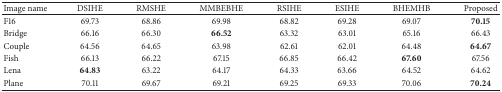
<table><thead><tr><td><b>Image name</b></td><td><b>DSIHE</b></td><td><b>RMSHE</b></td><td><b>MMBEBHE</b></td><td><b>RSIHE</b></td><td><b>ESIHE</b></td><td><b>BHEMHB</b></td><td><b>Proposed</b></td></tr></thead><tbody><tr><td>F16</td><td>69.73</td><td>68.86</td><td>69.98</td><td>68.82</td><td>69.28</td><td>69.07</td><td><b>70.15</b></td></tr><tr><td>Bridge</td><td>66.16</td><td>66.30</td><td><b>66.52</b></td><td>63.32</td><td>63.01</td><td>65.16</td><td>66.43</td></tr><tr><td>Couple</td><td>64.56</td><td>64.65</td><td>63.98</td><td>62.61</td><td>62.01</td><td>64.48</td><td><b>64.67</b></td></tr><tr><td>Fish</td><td>66.13</td><td>66.22</td><td>67.15</td><td>66.85</td><td>66.42</td><td><b>67.60</b></td><td>67.56</td></tr><tr><td>Lena</td><td><b>64.83</b></td><td>63.22</td><td>64.17</td><td>64.33</td><td>63.66</td><td>64.52</td><td>64.62</td></tr><tr><td>Plane</td><td>70.11</td><td>69.67</td><td>69.21</td><td>69.25</td><td>69.33</td><td>70.06</td><td><b>70.24</b></td></tr></tbody></table>